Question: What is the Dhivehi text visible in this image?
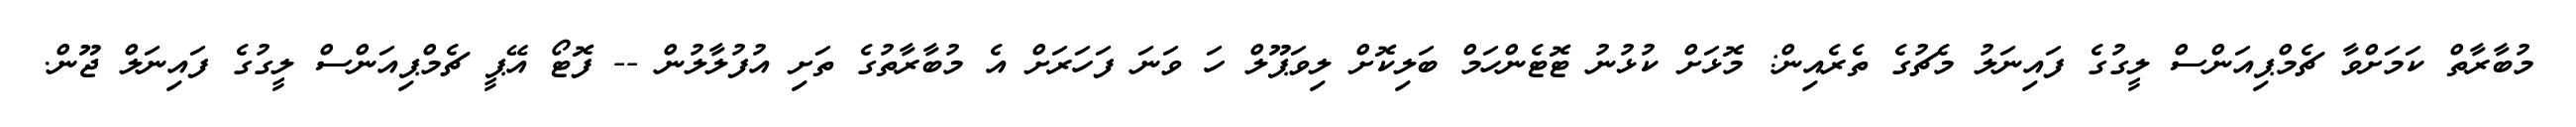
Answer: މުބާރާތް ކަމަށްވާ ޗެމްޕިއަންސް ލީގުގެ ފައިނަލު މެޗުގެ ތެރެއިން: މޮޅަށް ކުޅުނު ޓޮޓެންހަމް ބަލިކޮށް ލިވަޕޫލް ހަ ވަނަ ފަހަރަށް އެ މުބާރާތުގެ ތަށި އުފުލާލުން -- ފޮޓޯ އޭޕީ ޗެމްޕިއަންސް ލީގުގެ ފައިނަލް ޖޫން.